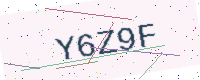
Text: Y6Z9F